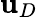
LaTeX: \mathbf{u}_{D}